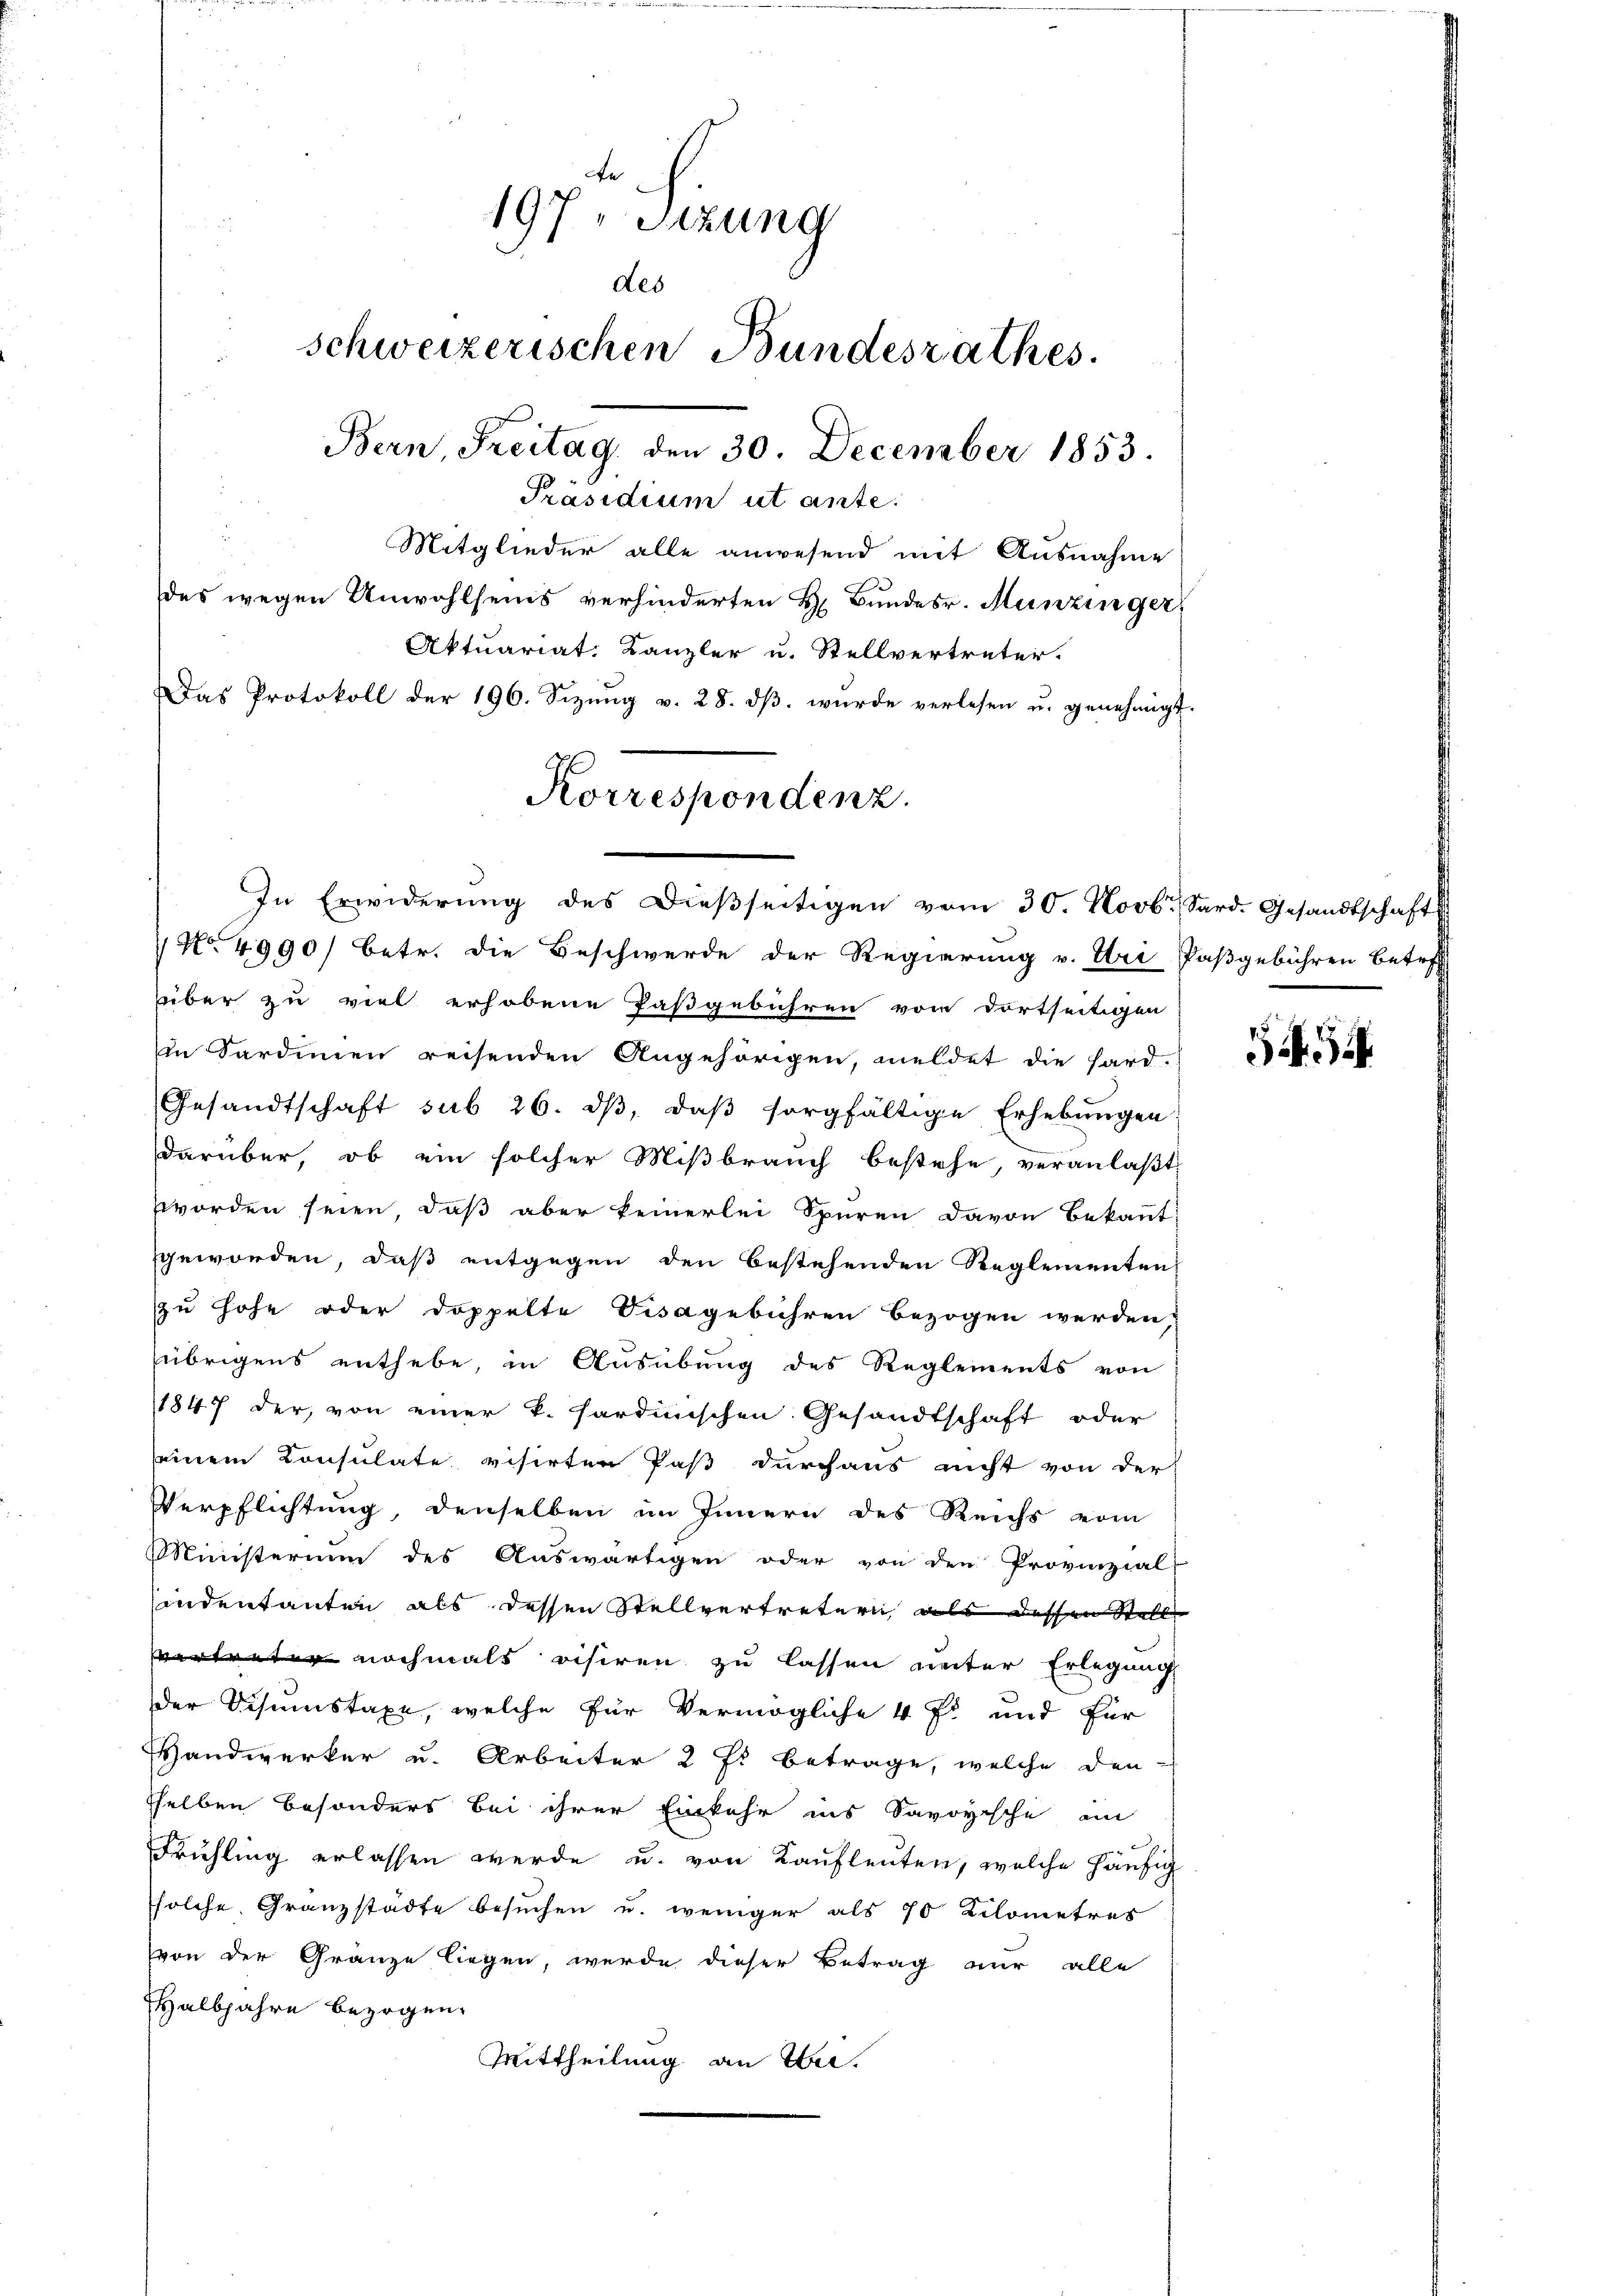
197, Sitzung
des
schweizerischen Bundesrathes.
Bern, Freitag, den 30. December 1853.
Präsidium ut ante.
Mitglieder alle anwesend mit Ausnahme
des wegen Unwohlseins verhinderten H. Bundesr. Munzinger,
Aktuariat. Kanzler u. Stellvertreter.
Das Protokoll der 196. Sizŭng v. 28. dβ. wurde verlesen u. genehmigt.

Korrespondenz.

In Erwiderŭng des Dieβseitigen vom 30. Novbr. Sard. Gesandtschaft

No 4990/ betr. die Beschwerde der Regierung v. Uri Paßgebühren betre
über zu viel erhobene Paßgebühren von dortseitigen
in Sardinien reisenden Angehörigen, meldet die hard-
Gesandtschaft sub 26. dβ, daβ sorgfältige Erhebŭngen
darüber, ob ein solcher Miβbraŭch bestehe, veranlaβt
worden seien, daß aber keinerlei Spuren davon Bekannt-
geworden, daß entgegen den bestehenden Reglementen
zu hohe oder doppelte Disagebühren bezogen werden,
übrigens enthebe, in Ausübung des Reglements von
1847 der, von einer k. Sardinischen Gesandtschaft oder
seinem Consulate visirten Paß durchaus nicht von der
Verpflichtung, denselben im Innern des Reichs vom
Ministerium des Auswärtigen oder von den Provinzial-
indentanten als dessen Stellvertretern als dessen Stell
vertreter nochmals visiren zu lassen unter Erlegung
der Visumstaxe, welche für Vermögliche 4 fl und für
Handwerker u. Arbeiter 2 fl betrage, welche den
sselben besonders bei ihrer Einkehr ins Savoyische an
Frühling erlassen werde u. von Kaufleuten, welche häufig
solche Granzstädte besuchen u. weniger als 70 Kilometres
von der Gränze liegen, werde dieser Betrag nur alle
Halbjahre bezogen.
Mittheilung an Wei¬